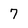
Character: 7